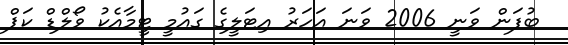
ބުފަން ވަނީ 2006 ވަނަ އަހަރު އިޓަލީގެ ގައުމީ ޓީމާއެކު ވޯލްޑް ކަޕް